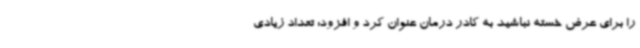
را برای عرض خسته نباشید به کادر درمان عنوان کرد و افزود: تعداد زیادی